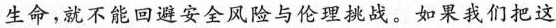
生命，就不能回避安全风险与伦理挑战。如果我们把这